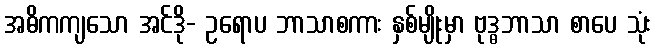
အဓိကကျသော အင်ဒို- ဥရောပ ဘာသာစကား နှစ်မျိုးမှာ ဗုဒ္ဓဘာသာ စာပေ သုံး